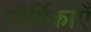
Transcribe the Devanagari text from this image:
शीर्षिकाएँ